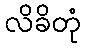
လိခိတုံ